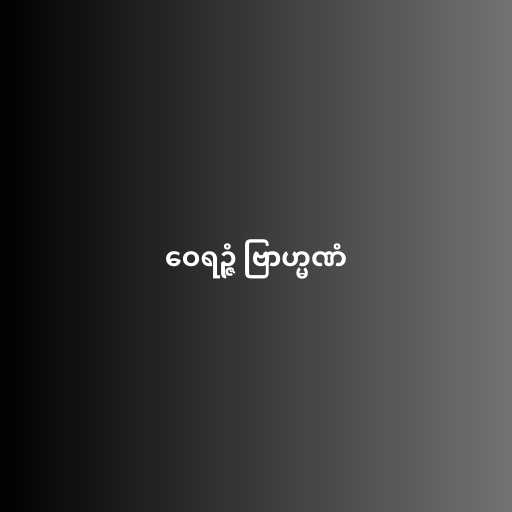
ဝေရဉ္ဇံ ဗြာဟ္မဏံ